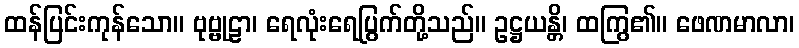
ထန်ပြင်းကုန်သော။ ဗုဗ္ဗုဠာ၊ ရေလုံးရေပြွက်တို့သည်။ ဥဋ္ဌယန္တိ၊ ထကြွ၏။ ဖေဏမာလာ၊